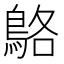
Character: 鴼